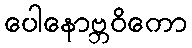
ပေါနောဗ္ဘဝိကော